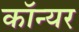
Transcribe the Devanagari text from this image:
कॉन्यर